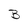
Character: B